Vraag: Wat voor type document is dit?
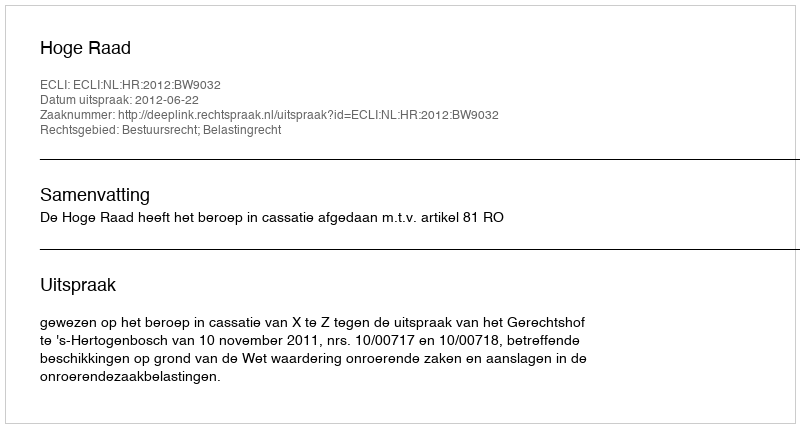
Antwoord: Uitspraak